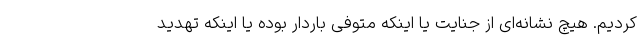
کردیم. هیچ نشانه‌ای از جنایت یا اینکه متوفی باردار بوده یا اینکه تهدید